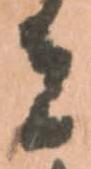
者